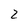
Character: 2